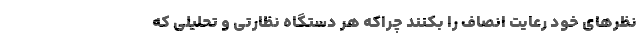
نظرهای خود رعایت انصاف را بکنند چراکه هر دستگاه نظارتی و تحلیلی که